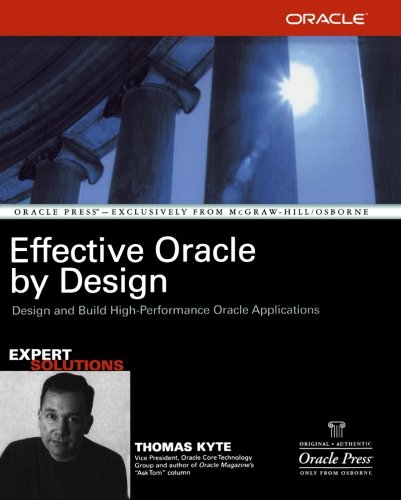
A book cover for Effective Oracle by Design (Osborne ORACLE Press Series); Thomas Kyte; Computers & Technology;